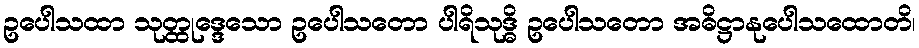
ဥပေါသထာ သုတ္ထုဒ္ဒေသော ဥပေါသတော ပါရိသုဒ္ဓိ ဥပေါသတော အဓိဋ္ဌာနုပေါသထောတိ၊